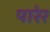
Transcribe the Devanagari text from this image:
पारेर